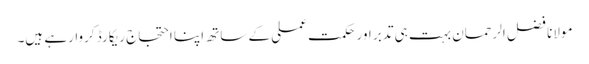
مولانا فضل الرحمان بہت ہی تدبر اور حکمت عملی کے ساتھ اپنا احتجاج ریکارڈ کروارہے ہیں۔